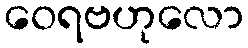
ဝေရဗဟုလော